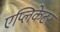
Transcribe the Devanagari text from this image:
एप्लिकेटर